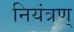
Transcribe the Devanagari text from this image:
नियंत्रण्‌